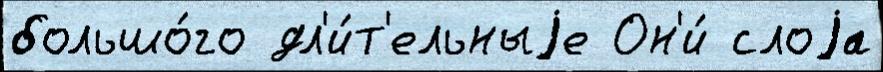
большо́го дл'и́т'ельныjе Он'и́ слоjа